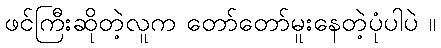
ဖင်ကြီးဆိုတဲ့လူက တော်တော်မူးနေတဲ့ပုံပါပဲ ။